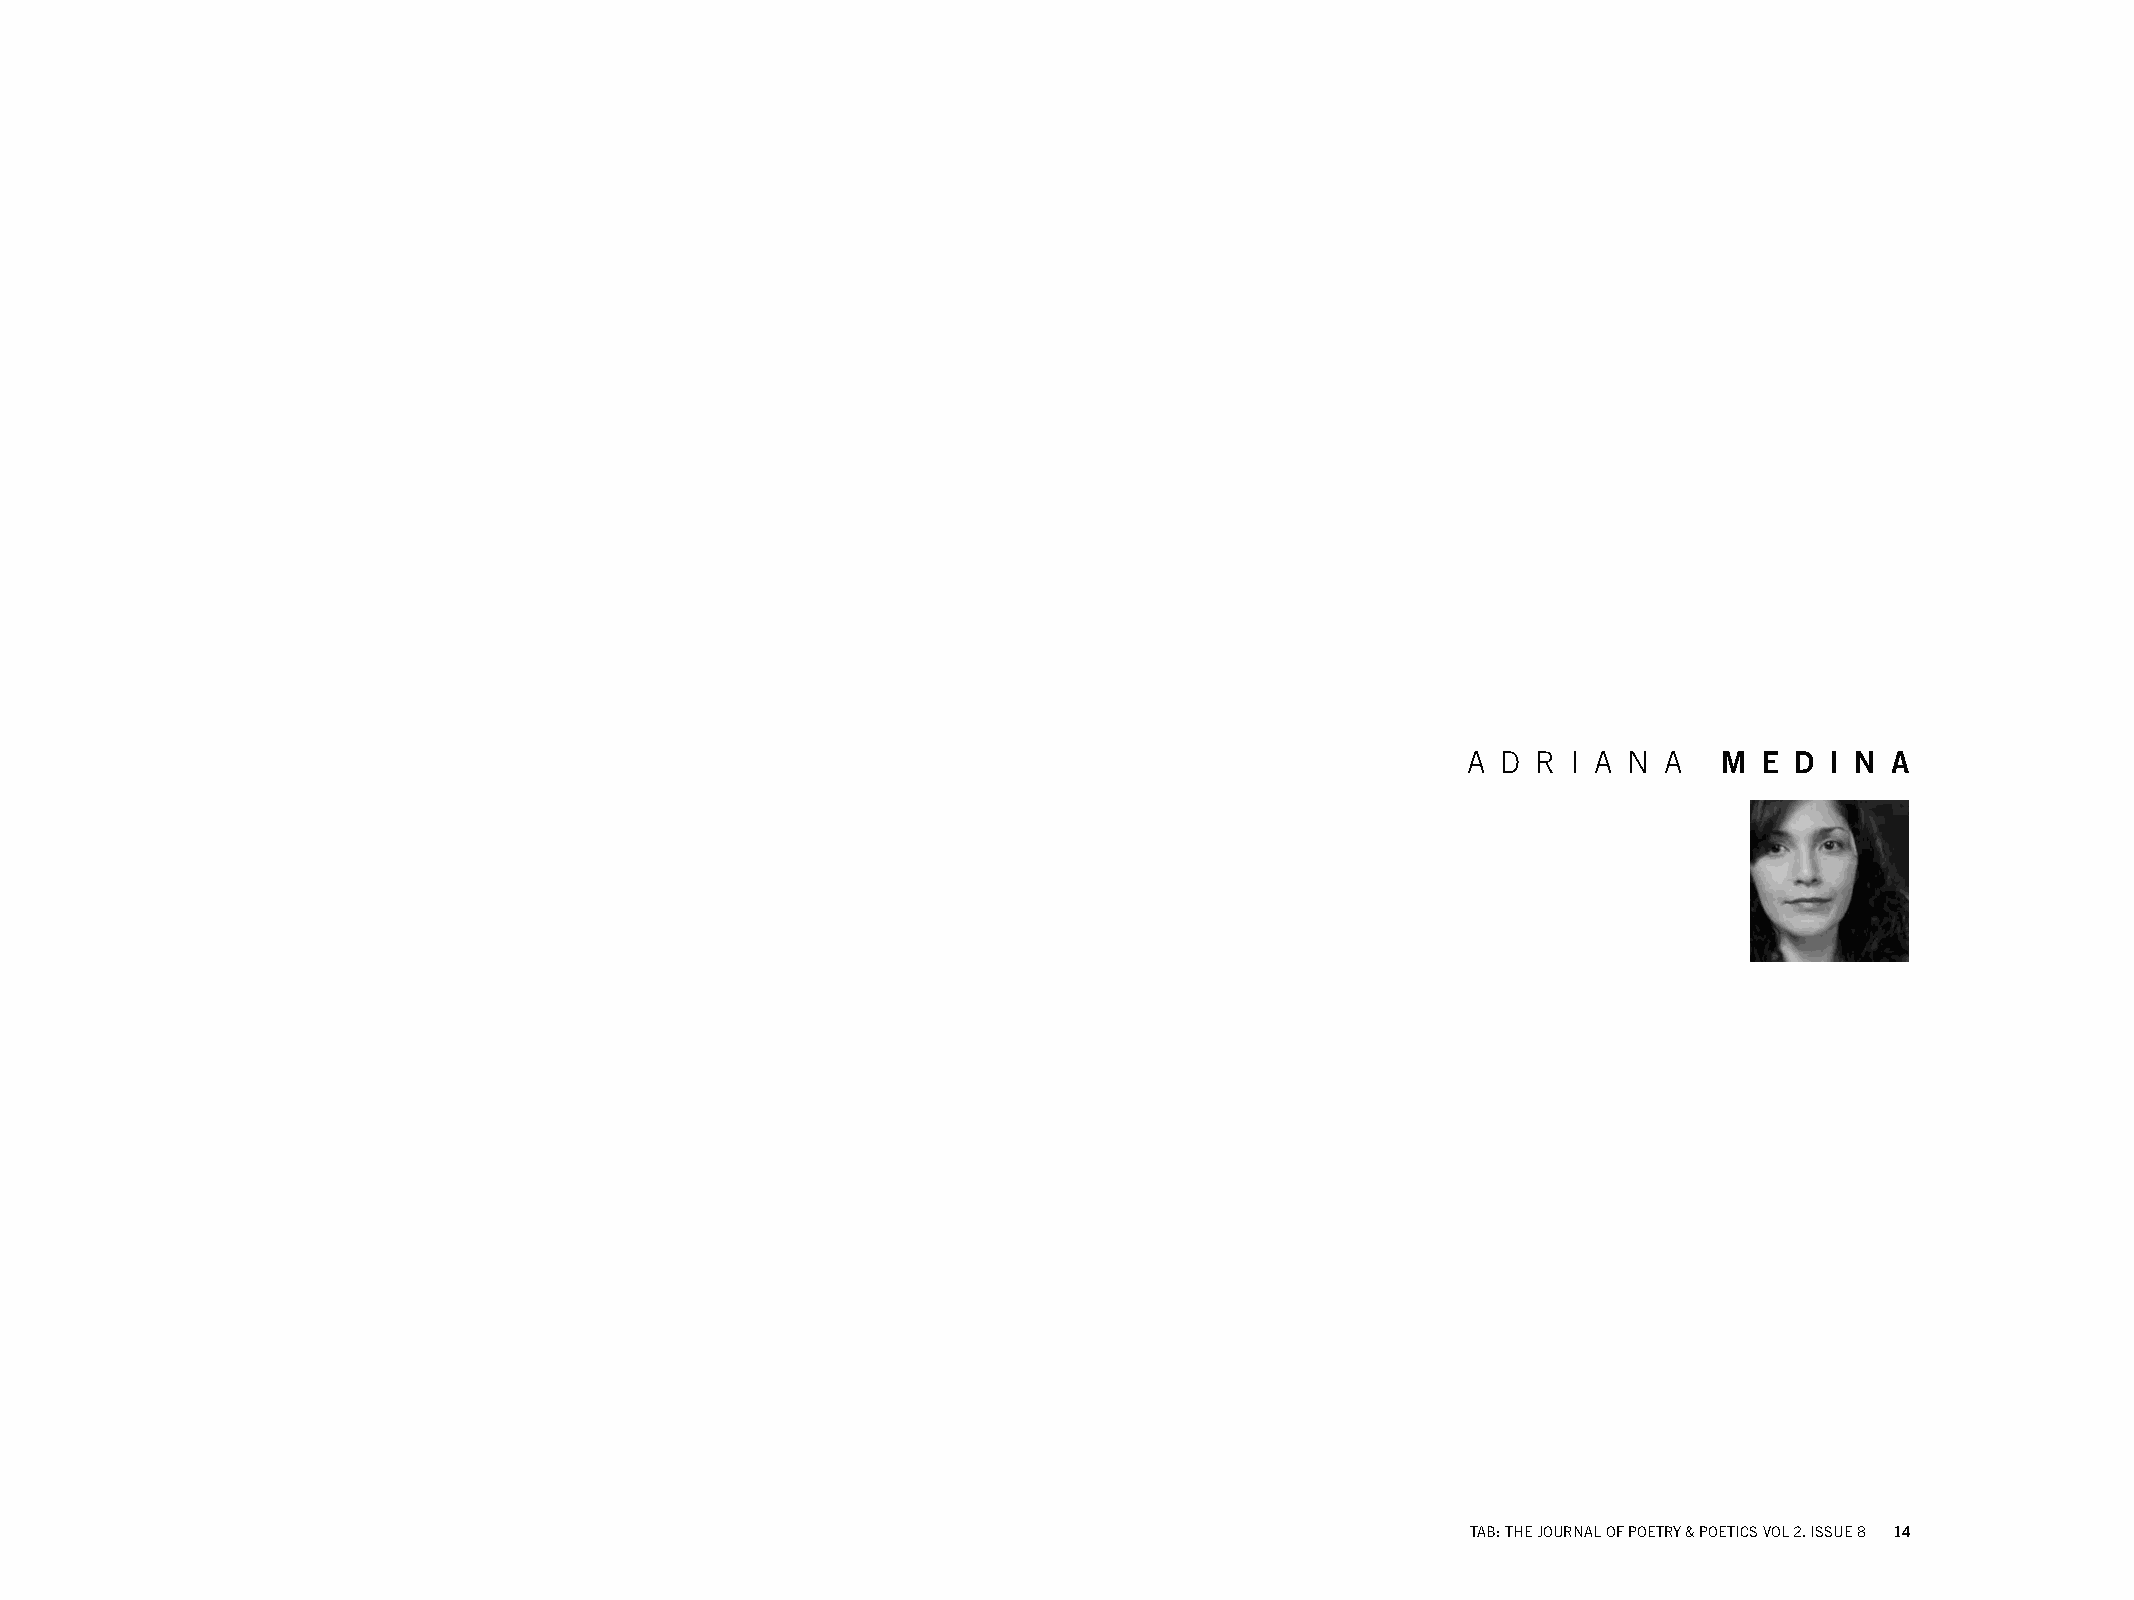
A D  R I A N A   M  E D I N A
 TAB: THE JOURNAL OF POETRY & POETICS VOL 2. ISSUE 8 14